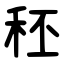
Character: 秠